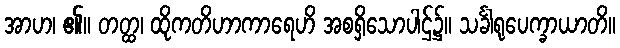
အာဟ၊ ၏။ တတ္ထ၊ ထိုကတိဟာကာရေဟိ အစရှိသောပါဌ်၌။ သင်္ခါရုပေက္ခာယာတိ။